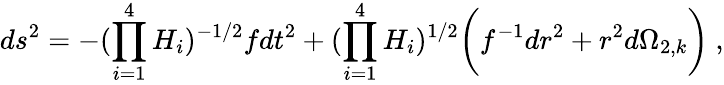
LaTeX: ds^{2}=-{(\prod_{i=1}^{4}H_{i})^{-1/2}}fdt^{2}+(\prod_{i=1}^{4}H_{i})^{1/2}\bigg(f^{-1}{dr^{2}}+r^{2}d\Omega_{2,k}\bigg)\ ,